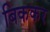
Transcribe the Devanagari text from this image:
बिककर